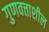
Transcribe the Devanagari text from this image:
गुणवत्ताशील